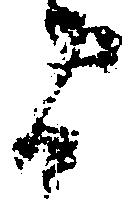
間